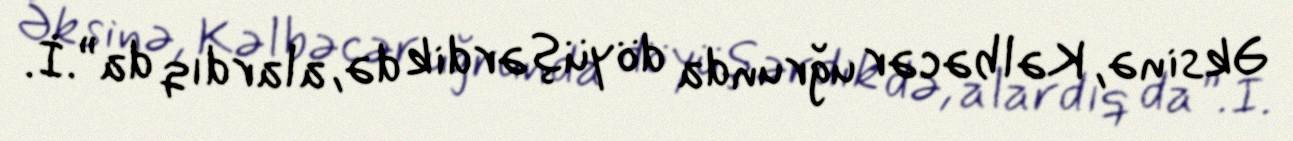
Əksinə, Kəlbəcər uğrunda döyüşərdik də, alardıq da”.İ.